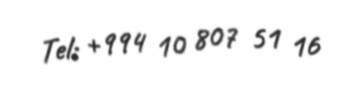
Tel: +994 10 807 51 16